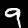
Digit: 9